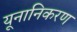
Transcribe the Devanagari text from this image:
यूनानिकरण